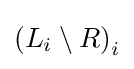
\left(L_{i}\setminus R\right)_{i}